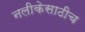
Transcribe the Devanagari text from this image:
नलीकेसाठीच